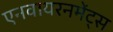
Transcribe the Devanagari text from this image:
एनवायरनमेंट्स